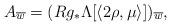
LaTeX: \begin{align*}A_{\overline{w}}=(Rg_*\Lambda[\langle 2\rho,\mu\rangle])_{\overline{w}},\end{align*}